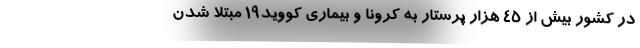
در کشور بیش از ۴۵ هزار پرستار به کرونا و بیماری کووید۱۹ مبتلا شدن